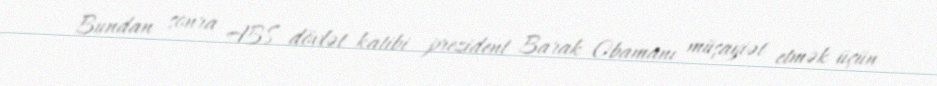
Bundan sonra ABŞ dövlət katibi prezident Barak Obamanı müşayiət etmək üçün